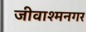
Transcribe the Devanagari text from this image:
जीवाश्मनगर